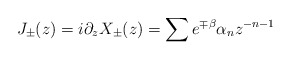
\begin{align*}J_{\pm }(z) = i\partial _z X_{\pm }(z) = \sum e^{\mp \beta }\alpha _n z^{-n-1}\end{align*}